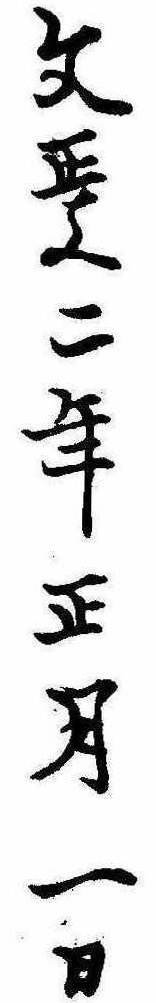
文政二年正月一日